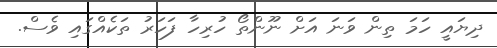
ދިޔައީ ހަމަ ތިން ވަނަ އަށް ނޫންތޯ ހުރިހާ ފަހަރު ތަކެއްގައި ވެސް.